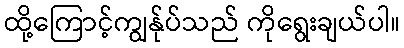
ထို့ကြောင့်ကျွန်ုပ်သည် ကိုရွေးချယ်ပါ။